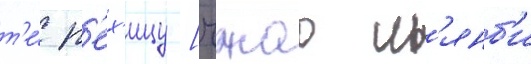
т'е́ р'ех'ицу [чжао л'янб'и